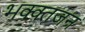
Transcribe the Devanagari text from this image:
भक्क्तजन